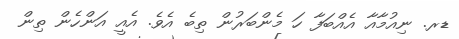
ޑރ. ނިއުމާއާ އެއްބަފާ ހަ މެންބަރުން ތިބެ އެވެ. އެއީ އަންހެން ތިން